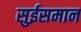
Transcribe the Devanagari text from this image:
सुईसमान